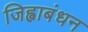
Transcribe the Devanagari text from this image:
जिह्वाबंधन